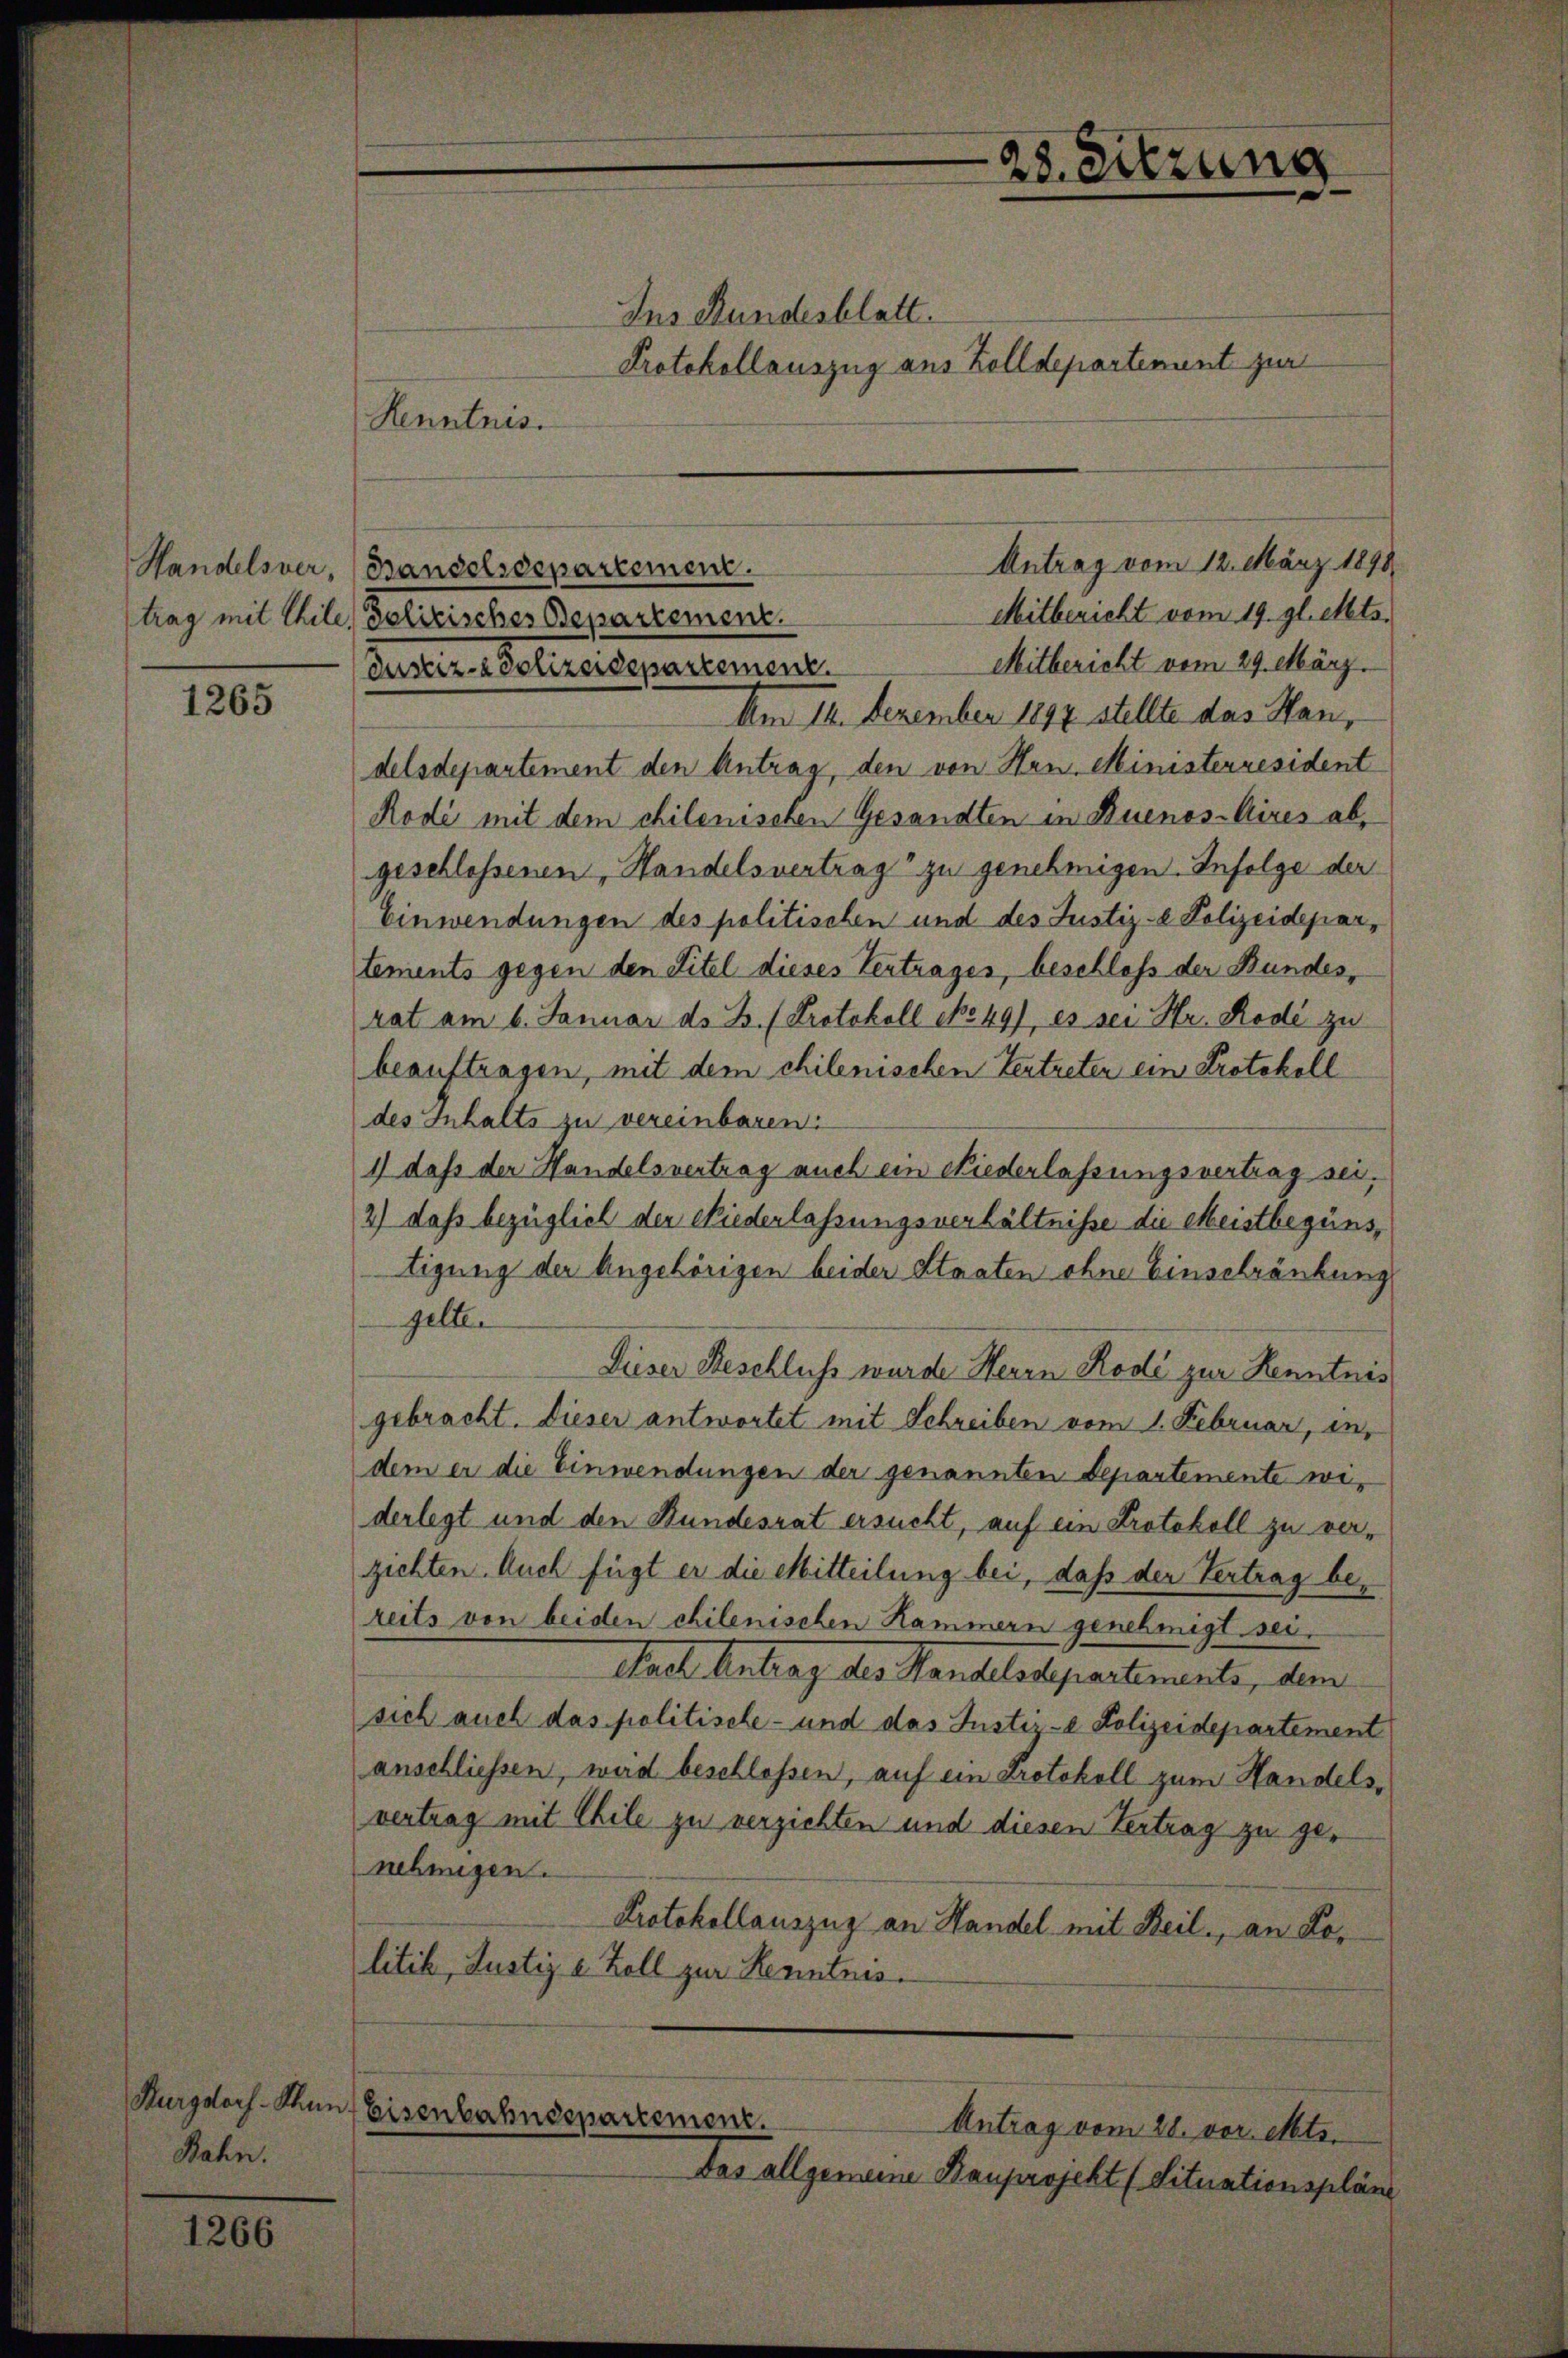
Handelsver,
trag mit Chile¬

1265

Burgdorf. Stam
Bahn.

1266

Ins Bundesblatt.
Protokollauszug aus Zolldepartement zur
Kenntnis.
Bandelsdepartement.
Mitbericht vom 19. gl. Mts.
Solitisches Departement.
Mitbericht vom 29. März.
Justiz-Polizeidepartement.
Am 14. Dezember 1897 stellte das Handelsdepartement den Antrag, den von Hrn. Ministerresident
Rodi mit dem chilenischen Gesandten in Buenos-Aires ab,
geschlossenen, Handelsvertrag zu genehmigen. Infolge der
Einwendungen des politischen und des Justiz- & Polizeidepartements gegen den Titel dieses Vertrages, beschloss der Bundes,
rat am 6. Januar ds. Z. (Protokoll No 49), es sei Hr. Rode zu
beauftragen, mit dem chilenischen Vertreten ein Protokoll
des Inhalts zu vereinbaren.
1) daß der Handelsvertrag auch ein Niederlassungsvertrag sei,
2) daß bezüglich der Niederlassungsverhältnisse die Meistbegünstigung der Angehörigen beider Staaten ohne Einschränkung
gelten
Dieser Beschluss wurde Herrn Rode zur Kenntnis
gebracht. Dieser antwortet mit Schreiben vom 1. Februar, in
dem er die Einwendungen der genannten Departemente widerlegt und den Bundesrat ersucht, auf ein Protokoll zu verzichten. Auch fügt er die Mitteilung bei, daß der Vertrag bereits von beiden chilenischen Kammern genehmigt. sei.
Sache Antrag des Handelssepartemente, dem
sich auch das politische- und das Justiz- Polizeidepartement
anschliessen, wird beschlossen, auf ein Protokoll zum Handelsvertrag mit Chile zu verzichten und diesen Vertrag zu genehmigen.
Protokollauszug an Handel mit Beil, an Kolitik, Justiz e Zoll zur Kenntnis.
Eisenbahndepartement.
Antrag vom 21. vor. Mts.
das allgemeine Bauprojekt (Situationspläne

28. Sitzung
d

Antrag vom 12. März 1898.